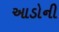
આડોની